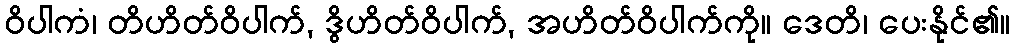
ဝိပါကံ၊ တိဟိတ်ဝိပါက်, ဒွိဟိတ်ဝိပါက်, အဟိတ်ဝိပါက်ကို။ ဒေတိ၊ ပေးနိုင်၏။